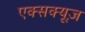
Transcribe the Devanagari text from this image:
एक्सक्यूज़